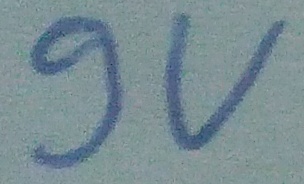
Text: 9v